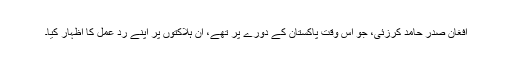
افغان صدر حامد کرزئی، جو اس وقت پاکستان کے دورے پر تھے، اِن ہلاکتوں پر اپنے ردِ عمل کا اظہار کیا۔